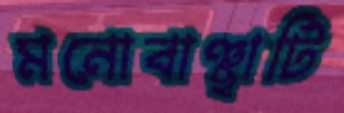
মনোবাঞ্ছাটি